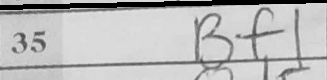
Transcription: Bf1